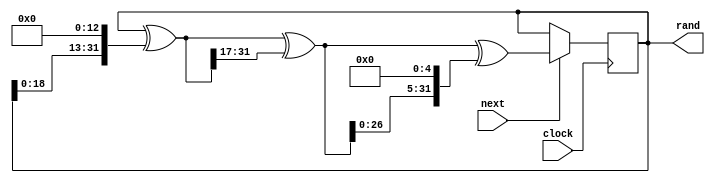
module xorshift #(
    parameter SEED = 32'hdeadbeef
) (
    output[31:0] rand,
    input next,
    input clock );

reg[31:0] state;
assign rand = state;
initial begin
    state = SEED;
end

wire[31:0] a, b, c;

assign a = state ^ (state << 13);
assign b = a ^ (a >> 17);
assign c = b ^ (b << 5);

always @(posedge clock) begin // clocked on posedge like dmem
    if(next) begin
        state <= c;
    end
end

endmodule